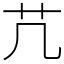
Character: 芁